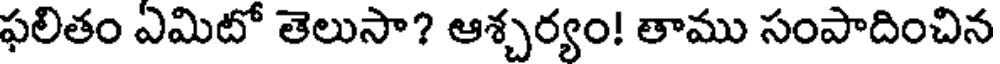
ఫలితం ఏమిటో తెలుసా? ఆశ్చర్యం! తాము సంపాదించిన